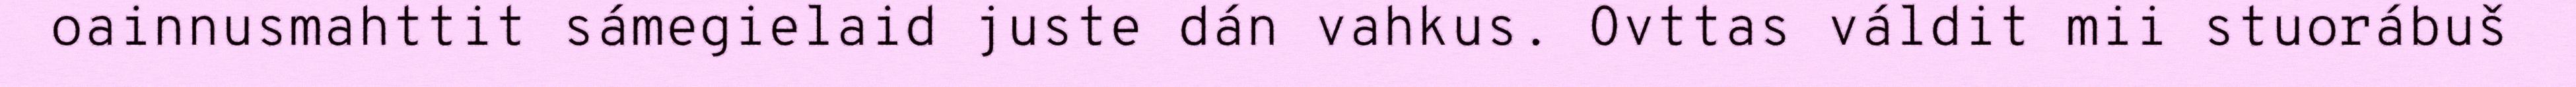
oainnusmahttit sámegielaid juste dán vahkus. Ovttas váldit mii stuorábuš